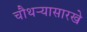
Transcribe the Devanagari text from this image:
चौथऱ्यासारखे